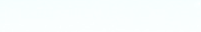
Help Wanted